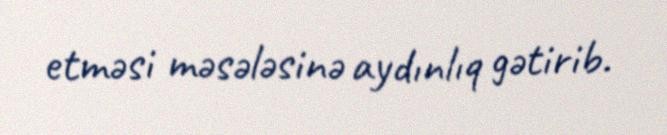
etməsi məsələsinə aydınlıq gətirib.